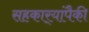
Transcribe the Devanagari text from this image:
सहकार्‍यांपैकी